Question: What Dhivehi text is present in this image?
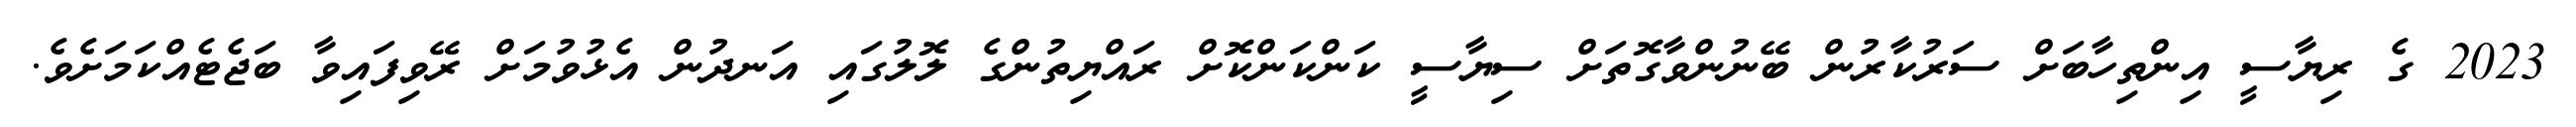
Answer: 2023 ގެ ރިޔާސީ އިންތިހާބަށް ސަރުކާރުން ބޭނުންވާގޮތަށް ސިޔާސީ ކަންކަންކޮށް ރައްޔިތުންގެ ލޮލުގައި އަނދުން އެޅުވުމަށް ރޭވިފައިވާ ބަޖެޓެއްކަމަށެވެ.